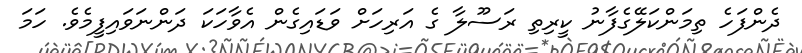
ދެންފަހެ ތިމަންކަލޭގެފާނު ކީރިތި ރަސޫލާ ގެ އަރިހަށް ވަޑައިގެން އެވާހަކަ ދަންނަވައިފީމެވެ. ހަމަ